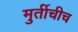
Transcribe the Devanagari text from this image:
मुर्तीचीच